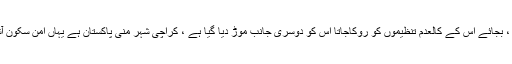
اصلاۃ والسلام علیک یا رسول اللہ کے نام پر بھی ایف آئی آر کٹی ہوئی ہے ، بجائے اس کے کالعدم تنظیموں کو روکاجاتا اس کو دوسری جانب موڑ دیا گیا ہے ، کراچی شہر منی پاکستان ہے یہاں امن سکون آشتی ہوگی تو پورے پاکستان میں امن سکون اور آشتی کا پاکستان جائے گا ۔